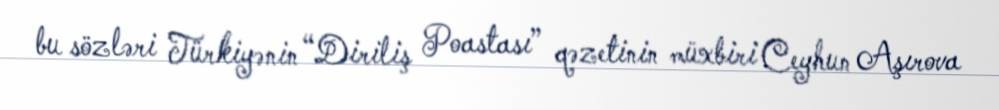
bu sözləri Türkiyənin “Diriliş Poastası” qəzetinin müxbiri Ceyhun Aşırova